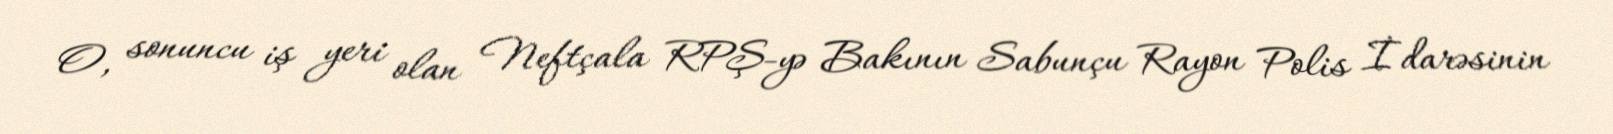
O, sonuncu iş yeri olan Neftçala RPŞ-yə Bakının Sabunçu Rayon Polis İdarəsinin